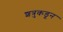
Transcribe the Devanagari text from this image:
शत्रुकडून